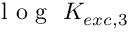
\mathrm { ~ l ~ o ~ g ~ } ~ K _ { e x c , 3 }